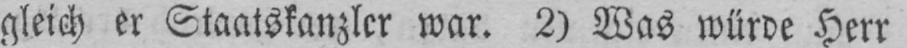
gleich er Staatskanzler war. 2) Was würde Herr